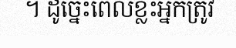
។ ដូច្នេះពេលខ្លះអ្នកត្រូវ